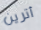
أترين